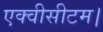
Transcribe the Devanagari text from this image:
एक्वीसीटम।